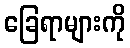
ခြေရာများကို